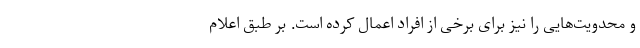
و محدویت‌هایی را نیز برای برخی از افراد اعمال کرده است. بر طبق اعلام